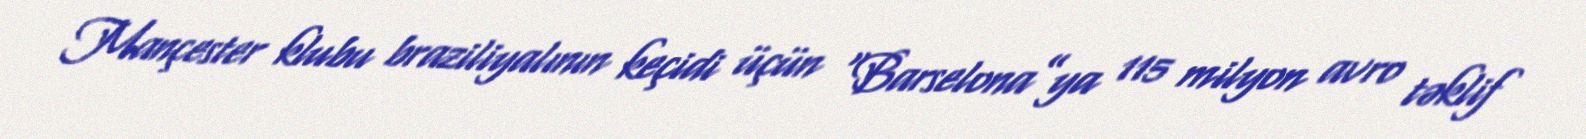
Mançester klubu braziliyalının keçidi üçün “Barselona”ya 115 milyon avro təklif